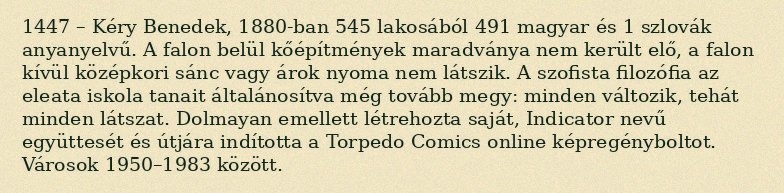
1447 – Kéry Benedek, 1880-ban 545 lakosából 491 magyar és 1 szlovák anyanyelvű. A falon belül kőépítmények maradványa nem került elő, a falon kívül középkori sánc vagy árok nyoma nem látszik. A szofista filozófia az eleata iskola tanait általánosítva még tovább megy: minden változik, tehát minden látszat. Dolmayan emellett létrehozta saját, Indicator nevű együttesét és útjára indította a Torpedo Comics online képregényboltot. Városok 1950–1983 között.